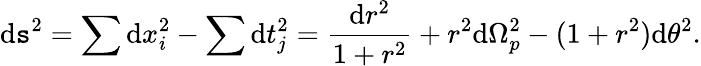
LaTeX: \mathrm{d}\mathtt{s}^{2}=\sum\mathrm{d}x_{i}^{2}-\sum\mathrm{d}t_{j}^{2}=\frac{{\mathrm{d}r^{2}}}{{1+r^{2}}}+r^{2}\mathrm{d}\Omega_{p}^{2}-(1+r^{2})\mathrm{d}\theta^{2}.